Vital statistics of India. Vol. VI, European troops 1870-79
Year: 1870
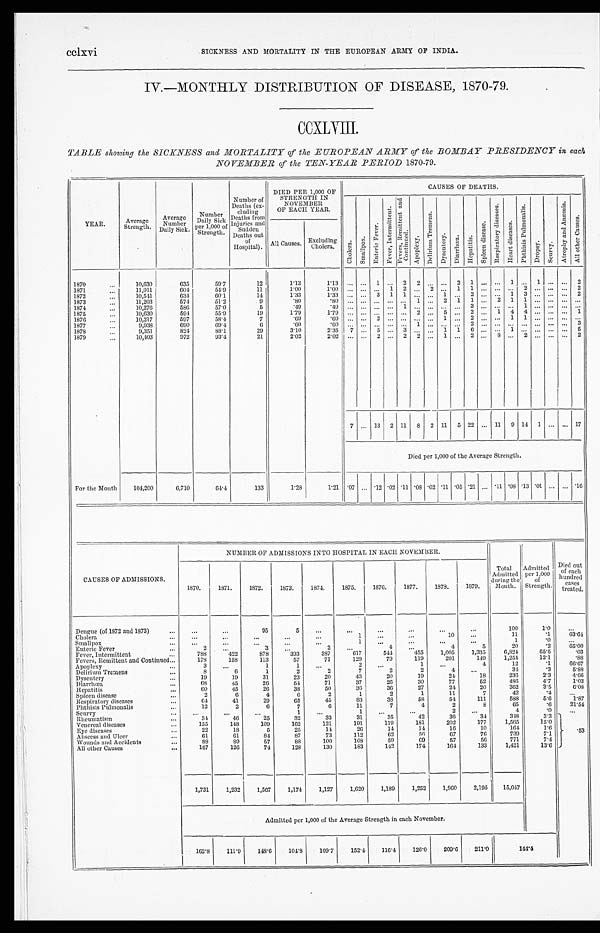
C C l X V i
S I C K N E S S A N D M O R T A L I T Y I N T H E E U R O P E A N A R M Y O F I N D I A .
IV.—MONTHLY DISTRIBUTION OF DISEASE, 1870-79.
CCXL III.
TABLE showing the SICKNESS and MORTALITY of the EUROPEAN ARMY of the BOMBAY PRESIDENCY in each
NOVEMBER of the TEN-YEAR PERIOD 1870-79.
YEAR.
Average S t r e n g t h .
Average N u m b e r
Daily Sick.
N u m b e r
Daily Sick
per 1,000 of
S t r e n g t h .
Number of
Deaths (ex- c l u d i n g
Deaths from
injuries and
Sudden
Deaths out
of
Hospital).
DIED PER 1,000 OF
STRENGTH IN
NOVEMBER
OF EACH YEAR.
CAUSES OF DEATHS.
C h o l e r a .
S m a l l p o x
E n t e r i c F e v e r .
F e v e r I n t e r m i t t e n t .
F e v e r s R e m i t t e n t n d C o n t i n u e d .
A p o p l e x y .
D e l i r i u m T r e m e n s .
D y s e n t e r y
D i a r r h o e a . H e p a t i t i s .
S p l e e n d i s e a s e s . R e s p i r a t o r y d i s e a s e s .
H e a r t d i s e a s e s .
P h t h i s i s P u l m o n a l i s .
D r o p s y S c u r v y .
A t r o p h y a n d A n æ m i a .
A l l o t h e r C a u s e s .
All Causes. Excluding
Cholera.
1870
...
10,630
635
59.7
12
1.13
1 . 1 3 . . .
...
1 ... 2 2
. . . . . . 2 1 . . . ... 1 ...
1 . . . . . . 2
1871...
11,011
604
5 4 . 9
11
1.00
1 . 0 0 . . .
...
. . .
1 2 ...
2 . . . 1 1 . . . ... ... 2
. . . . . . . . . 2
1872.......
10,541
634
60.1
14
1.33
1 . 3 3 ... ... 3 1 1 ... ... .1
. . . 2 ... . . . . 1 3
. . . ... ... 2
1873...
11,203
5 7 4
5 1 . 2
9
. 8 0
. 8 0 . . . ... . . .
... ... 1
. . . 2
1 1 . . . 2 1 1
. . . . . . . . . . . .
1874...
10,276
586
57.'0
5
. 4 9
. 4 9 . . . ... . . .
... 1 ...
. . . . . . . . . 3 . . . ... ... 1
. . . . . . . . . . . .
1875...
10,630
5 9 4
5 5 . 9
19
1.79
1 . 7 9 . . . ... . . .
... ... 2
. . . 5
. . . 2 . . . 1 4 4
. . . . . . . . . 1
1876...
10,217
597
5 8 . 4
7
. 6 9
. 6 9 . . . ... 2 ... ... ...
. . . 1
. . . 2 . . . ... 1 1
. . . . . . . . . . . .
1877...
9,938
6 9 0
69.4
6
.60
. 6 0 . . . ... . . .
... ... 1
. . . . . . . . . 2 . . . ... ... ...
. . . . . . . . . 3
1878...
9,351
824
88.1
2 9
3 . 1 0
2 . 3 5 7 ... 5 ... 3 ...
. . . 1
1 6 . . . ... 1 ...
. . . . . . . . . 5
1879...
10,403
972
93.4
21
2 . 0 2
2 . 0 2 . . . ... 2 ... 2 2
. . . 1
. . . 2 . . . 8 ... 2
. . . . . . . . . 2
7 ... 13 2 11 8 2 11 5 22 ... 11 9 14 1 ... ... 17
Died per 1,000 of the Average Strength.
For the Month
104,200
6,710
6 4 . 4
133
1 . 2 8
1.21 .07 ... .12 .02 11 .08 .02 .11 .05 .21 ... .11 .08 .13 .01 ... ... .16
NUMBER OF ADMISSIONS INTO HOSPITAL IN EACH NOVEMBER.
.
CAUSES OF ADMISSIONS.
1870.
1871.
1872.
1873.
1874.
1875.
1876.
1877.
1878.
1879.
Total
Admitted
during the
Month.
Admitted
per 1,000
of
Strength.
Died o u t
of each
h u n d r e d c a s e s t r e a t e d .
Dengue (of 1871 and 1873)
...
. . .
. . .
95
5
...
...
. . .
. . .
...
...
100
1 . 0
. . .
Cholera
...
...
...
. . .
. . .
. . .
1
...
. . .
10
...
11
.1
6 3 . 3 4
Smallpox
...
...
...
. . .
. . .
. . .
1
...
...
...
...
1
. 0
...
Enteric Fever
...
2
. . .
3
. . .
2
...
4 ...
4
5
20
.2
6 5 . 0 0
Fever, Intermittent
...
788
422
878
393
387
617
544
455
1,005
1,335
6,824
65.5
.03
Fevers, Remittent and Continued
178
158
113
57
71
129
79
119
201
1.49
1,254
12.1
.88
Apoplexy
...
3
...
1
1
...
2
...
1
...
4
12
.1
6 6 . 6 7
Delirium Tremens
...
8
6
1
2
2
7
2
2
4
. . .
34
.3
.3
5 . 8 8
Dysentery
...
19
11
31
23
20
43
20
19
2 4
18
2 3 6
2 . 3
4 . 6 6
Diarrhoea
...
6 8
45
26
54
71
37
26
30
77
52
4 8 6
4 . 7
1 . 0 3
Hepatitis
...
60
45
26
38
50
36
36
27
24
20
3 6 2
3 . 5
6 . 0 8
Spleen disease
2
6
4
6
2
1
2
1
11
7
4 2
. 4
. . .
Respiratory diseases
...
64
41
2 9
65
45
83
38
58
54
111
5 8 8
5 . 6
1 . 8 7
Phthisis Pulmonalis
12
2
6
7
6
11
7
4
2
8
6 5
. 6
2 1 . 5 4
Scurvy
. . .
. . .
...
. . .
1
...
1
...
...
2
. . .
4
. 0
...
Rheumatism
34
46
2 5
32
33
31
35
42
36
34
3 4 8
3.3
Venereal diseases
...
155
148
109
162
121
191
119
181
202
177
1 , 5 6 5
15.0
Eye diseases
...
22
1 8
5
25
14
26
14
14
16
10
1 6 4
1.6
53
Abscess and Ulcer
...
61
61
84
87
73
112
6 2
5 6
67
76
7 3 9
7.1
Wounds and Accidents
...
88
89
57
88
100
108
59
69
57
56
771
7.4
All other Causes
...
167
126
74
128
130
183
142
174
164
133
1,421
13.6
1,731
1,232
1,567
1,174
1,127
1,620
1,189
1,252
1,960
2,195
15,047
Admitted per 1,000 of the Average Strength in each November.
1 6 2 . 8
111.9
148.6
104.8
109.7
152.4
116.4
126.0
209.6
211.0
1 4 4 . 1